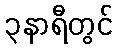
၃နာရီတွင်